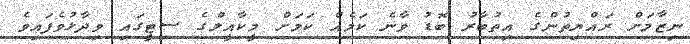
ނިޒާމަށް ރައްޔިތުންގެ އިތުބާރު ބޮޑު ވާނެ ކަމެއް ކަމަށް މީކާއީލްގެ ސިޓީގައި ވިދާޅުވެފައިވެ